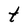
Character: t